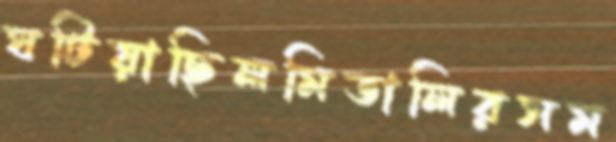
ঘটিয়াছিলমিতালিরসম